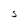
Character: S